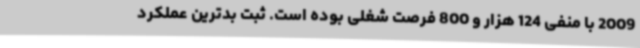
2009 با منفی 124 هزار و 800 فرصت شغلی بوده است. ثبت بدترین عملکرد